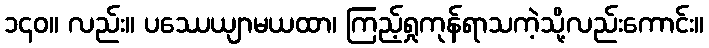
၁၄၀။ လည်း။ ပဿေယျာမယထာ၊ ကြည့်ရှုကုန်ရာသကဲ့သို့လည်းကောင်း။